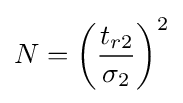
N=\left({\frac {t_{r2}}{\sigma _{2}}}\right)^{2}